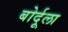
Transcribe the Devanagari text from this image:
बोर्दूला